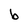
Character: b